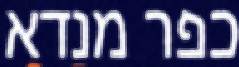
כפר מנדא